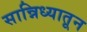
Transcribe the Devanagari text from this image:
सान्निध्यातून